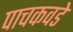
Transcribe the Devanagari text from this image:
पाचकवडे